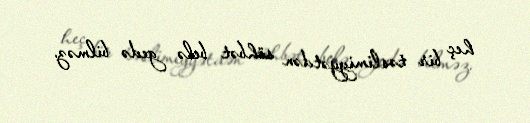
heç bir təslimiyyətdən söhbət belə gedə bilməz.